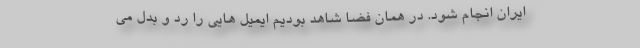
ایران انجام شود. در همان فضا شاهد بودیم ایمیل هایی را رد و بدل می